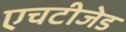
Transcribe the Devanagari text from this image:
एचटीजेड